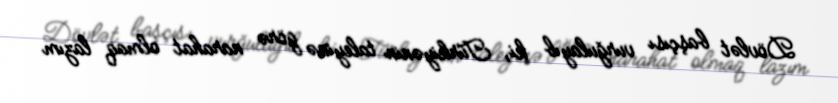
Dövlət başçısı vurğulayıb ki, Türkiyənin taleyinə görə narahat olmaq lazım